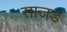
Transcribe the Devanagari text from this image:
साजड